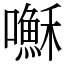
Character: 𫬥